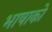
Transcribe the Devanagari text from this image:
भाषाको